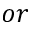
o r